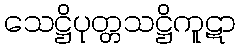
သေဋ္ဌိပုတ္တသဋ္ဌိကူဋာ